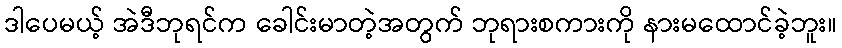
ဒါပေမယ့် အဲဒီဘုရင်က ခေါင်းမာတဲ့အတွက် ဘုရားစကားကို နားမထောင်ခဲ့ဘူး။